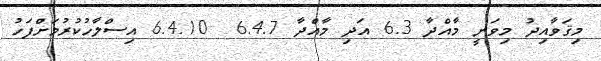
މިޤަވާއިދު މިވަނީ މާއްދާ 6.3 އަދި މާއްދާ 6.4.7  6.4.10 އިސްލާހުކުރުމަށްފަހު